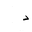
Letter: _dal